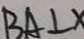
B A \bot x